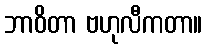
ဘာဝိတာ ဗဟုလီကတာ။